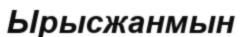
Ырысжанмын